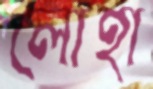
লোহা